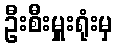
ဦးစီးမှူးရုံးမှ